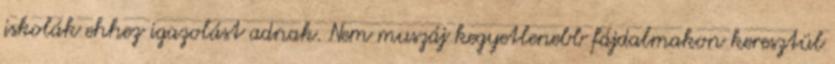
iskolák ehhez igazolást adnak. Nem muszáj kegyetlenebb fájdalmakon keresztül